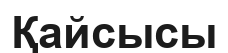
Қайсысы